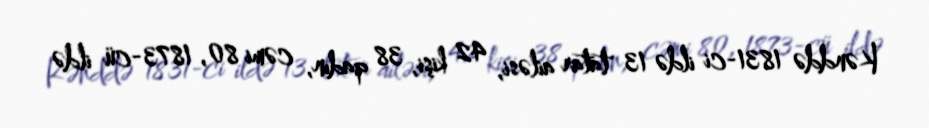
Kənddə 1831-ci ildə 13 tatar ailəsi, 42 kişi, 38 qadın, cəmi 80, 1873-cü ildə